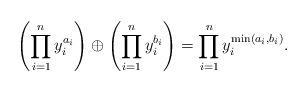
LaTeX: \begin{align*}\left(\prod_{i=1}^ny_i^{a_i}\right)\oplus\left(\prod_{i=1}^ny_i^{b_i}\right)=\prod_{i=1}^ny_i^{\min(a_i,b_i)}.\end{align*}